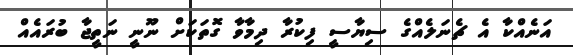
އަނެއްކާ އެ ޗެނަލެއްގެ ސިޔާސީ ފިކުރާ ދިމާވާ ގޮތަކަށް ނޫނީ ނަތީޖާ ބުރައެއް